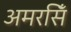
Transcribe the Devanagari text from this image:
अमरसिँ